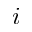
i